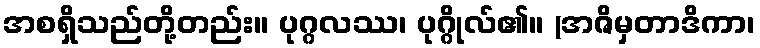
အစရှိသည်တို့တည်း။ ပုဂ္ဂလဿ၊ ပုဂ္ဂိုလ်၏။ (အဇိမှတာဒိကာ၊